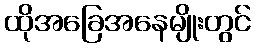
ထိုအခြေအနေမျိုးတွင်